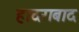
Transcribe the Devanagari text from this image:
हादराबाद